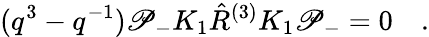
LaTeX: (q^{3}-q^{-1})\mathscr{P}_{-}K_{1}\hat{{R}}^{(3)}K_{1}\mathscr{P}_{-}=0\quad.